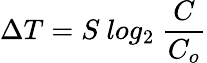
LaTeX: \Delta T=S{\ }log_{2}{\ }{\frac{C}{C_{o}}}